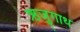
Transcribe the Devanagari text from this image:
ऋजुगाथ